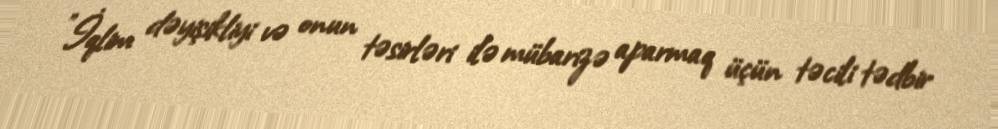
"İqlim dəyişikliyi və onun təsirləri ilə mübarizə aparmaq üçün təcili tədbir